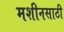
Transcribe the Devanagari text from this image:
मशीनसाठी